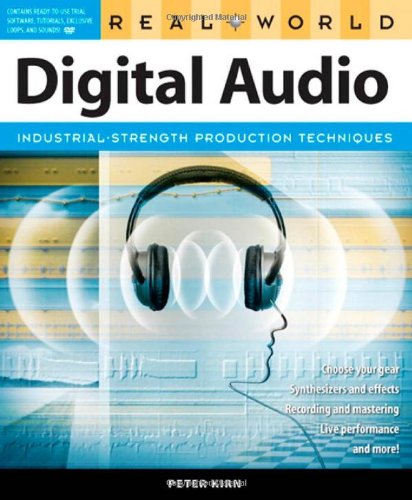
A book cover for Real World Digital Audio; Peter Kirn; Computers & Technology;